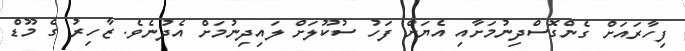
ފިހާރައަށް ގެންގޮސްދިނުމަށާއި އެޔަށް ފަހު ސުކޫލަށް ލައިދިނުމަށް އެދުނެވެ. ޒާހިރު ގެ މޫޑް